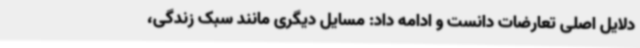
دلایل اصلی تعارضات دانست و ادامه داد: مسایل دیگری مانند سبک زندگی،